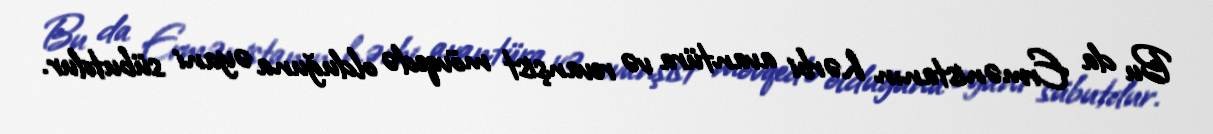
Bu da Ermənistanın hərbi avantüra və revanşist mövqedə olduğuna əyani sübutdur.